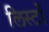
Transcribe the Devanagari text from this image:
लिस्टों